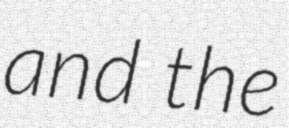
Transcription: and the